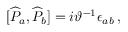
\lbrack \widehat { P } _ { a } , \widehat { P } _ { b } ] = i \vartheta ^ { - 1 } \epsilon _ { a b } \, ,